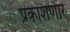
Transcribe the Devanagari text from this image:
प्रकाशणारे